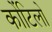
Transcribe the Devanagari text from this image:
कोंटिलो